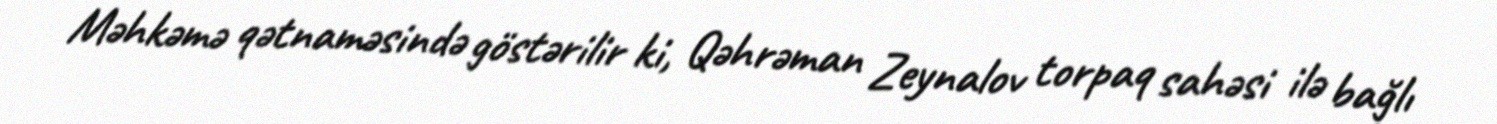
Məhkəmə qətnaməsində göstərilir ki, Qəhrəman Zeynalov torpaq sahəsi ilə bağlı